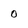
Character: o